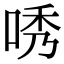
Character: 唀